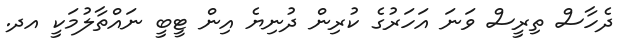
ދެހާސް ތިރީސް ވަނަ އަހަރުގެ ކުރިން ދުނިޔެ އިން ޓީބީ ނައްތާލުމަކީ އދ.